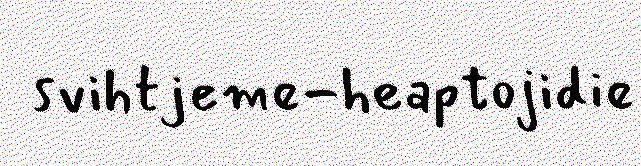
svihtjeme-heaptojidie